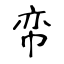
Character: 帟